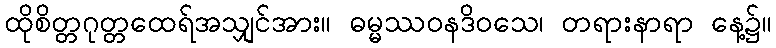
ထိုစိတ္တဂုတ္တထေရ်အသျှင်အား။ ဓမ္မဿဝနဒိဝသေ၊ တရားနာရာ နေ့၌။